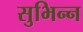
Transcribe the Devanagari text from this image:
सुभिन्न